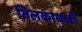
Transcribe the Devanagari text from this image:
तिलकाधारी